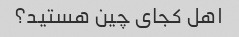
اهل کجای چین هستید؟